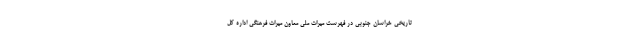
تاریخی خراسان جنوبی در فهرست میراث ملی معاون میراث فرهنگی اداره کل